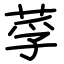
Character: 莩